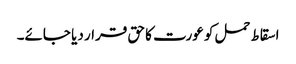
اسقاط حمل کو عورت کا حق قرار دیا جائے۔